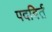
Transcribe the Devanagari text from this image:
पदविर्त